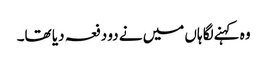
وہ کہنےلگا ہاں میں نے دو دفعہ دیا تھا۔